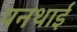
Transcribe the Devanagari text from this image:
पनथाई